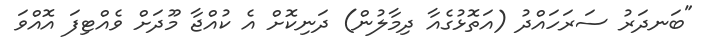
"ބަނދަރު ސަރަހައްދު (އަތޮޅުގެއާ ދިމާލުން) ދަނިކޮށް އެ ކުއްޖާ މޫދަށް ވެއްޓިފަ އޮއްވަ